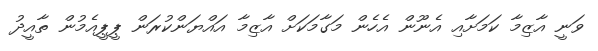
ވަނީ އާޒިމާ ކަމަށާއި އެނޫން އެހެން މަގާމަކަށް އާޒިމާ އައްޔަންކުރަން ޕީޕީއެމުން ތާއީދު